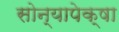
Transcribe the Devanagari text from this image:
सोन्यापेक्षा